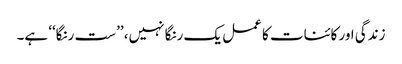
زندگی اور کائنات کا عمل یک رنگا نہیں، ’’ست رنگا‘‘ ہے۔